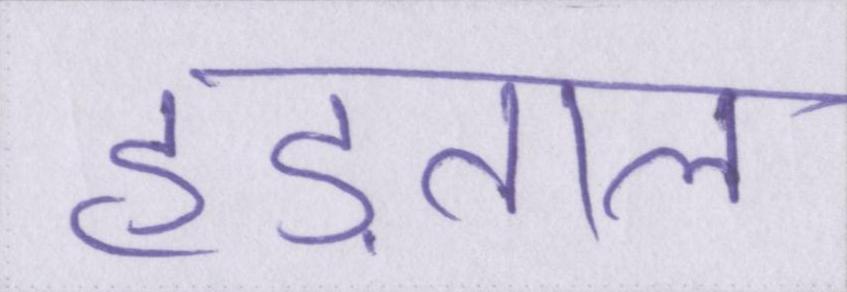
हड़ताल